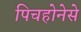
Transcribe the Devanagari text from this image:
पिचहोनेसे